Vaccination Hyderabad 1872-1889 - 1872-1889
Year: 1872
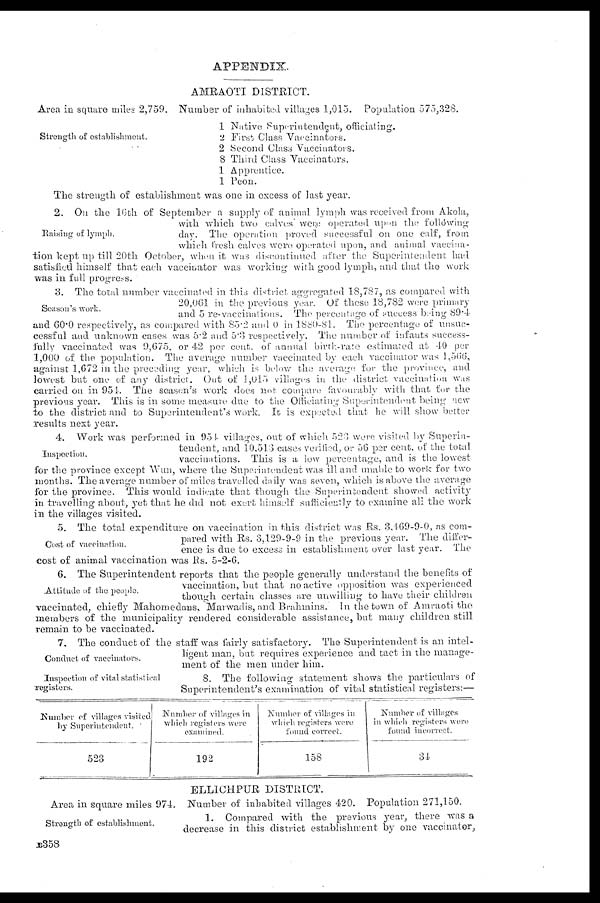
APPENDIX.
AMRAOTI DISTRICT.
Area in square miles 2,759. Number of inhabited villages 1,015. Population 575,328.
Strength of establishment.
1
2
2
8
1
1
Native Superintendent, officiating.
First Class Vaccinators.
Second Class Vaccinators.
Third Class Vaccinators.
Apprentice.
Peon.
The strength of establishment was one in excess of last year.
Raising of lymph.
2. On the 16 th of September a supply of animal lymph was received from Akola,
with which two calves were operated upon the following
day. The operation proved successful on one calf, from
which fresh calves were operated upon, and animal vaccina-
tion kept up till 20th October, when it was discontinued after the Superintendent had
satisfied himself that each vaccinator was working with good lymph, and that the work
was in full progress.
Season's work.
3. The total number vaccinated in this district aggregated 18,787, as compared with
20,061 in the previous year. Of these 18,782 were primary
and 5 re-vaccinations. The percentage of success being 89.4
and 60.0 respectively, as compared with 85.2 and 0 in 1880-81. The percentage of unsuc-
cessful and unknown cases was 5.2 and 5.3 respectively. The number of infants success-
fully vaccinated was 9,675, or 42 per cent. of annual birth-rate estimated at 40 per
1,000 of the population. The average number vaccinated by each vaccinator was 1,566,
against 1,672 in the preceding year, which is below the average for the province, and
lowest but one of any district. Out of 1,015 villages in the district vaccination was
carried on in 954. The season's work does not. compare: favourably with that for the
previous year. This is in some measure due to the Officiating Superintendent being new
to the district and to Superintendent's work. It is expected that he will show better
results next year.
Inspection.
4. Work was performed in 954 villages, out of which 523 were visited by Superin-
tendent, and 10,513 cases verified, or 56 per cent. of the total
vaccinations. This is a low percentage, and is the lowest
for the province except Wun, where the Superintendent was ill and unable to work for two
months. The average number of miles travelled daily was seven, which is above the average
for the province. This would indicate that though the Superintendent showed activity
in travelling about, yet that he did not exert himself sufficiently to examine all the work
in the villages visited.
Cost of vaccination.
5. The total expenditure on vaccination in this district was Rs. 3,469-9-0, as com-
pared with Rs. 3,129-9-9 in the previous year. The differ-
ence is due to excess in establishment over last year. The
cost of animal vaccination was Rs. 5-2-6.
Attitude of the people.
6. The Superintendent reports that the people generally understand the benefits of
vaccination, but that no active opposition was experienced
though certain classes are unwilling to have their children
vaccinated, chiefly Mahomedans, Marwadis, and Brahmins. In the town of Amraoti the
members of the municipality rendered considerable assistance, but many children still
remain to be vaccinated.
Conduct of vaccinators.
7. The conduct of the staff was fairly satisfactory. The Superintendent is an intel-
ligent man, but requires experience and tact in the manage-
ment of the men under him.
Inspection of vital statistical
registers.
8. The following statement shows the particulars of
Superintendent's examination of vital statistical registers:—
Number of villages visited
by Superintendent.
523
Number of villages in
which registers were
examined.
192
Number of villages in
which registers were
found correct.
158
Number of villages
in which registers were
found incorrect.
34
ELLICHPUR DISTRICT.
Strength of establishment.
Area in square miles 974. Number of inhabited villages 420. Population 271,150.
1. Compared with the previous year, there was a
decrease in this district establishment by one vaccinator,
B358